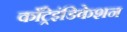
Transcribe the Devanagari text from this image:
काँट्रेइंडिकेशन